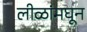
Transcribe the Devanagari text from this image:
लीळांमघून